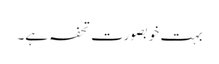
بہت خوبصورت تحفہ ہے۔